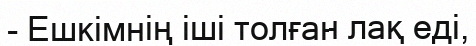
- Ешкімнің іші толған лақ еді,